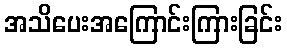
အသိပေးအကြောင်းကြားခြင်း